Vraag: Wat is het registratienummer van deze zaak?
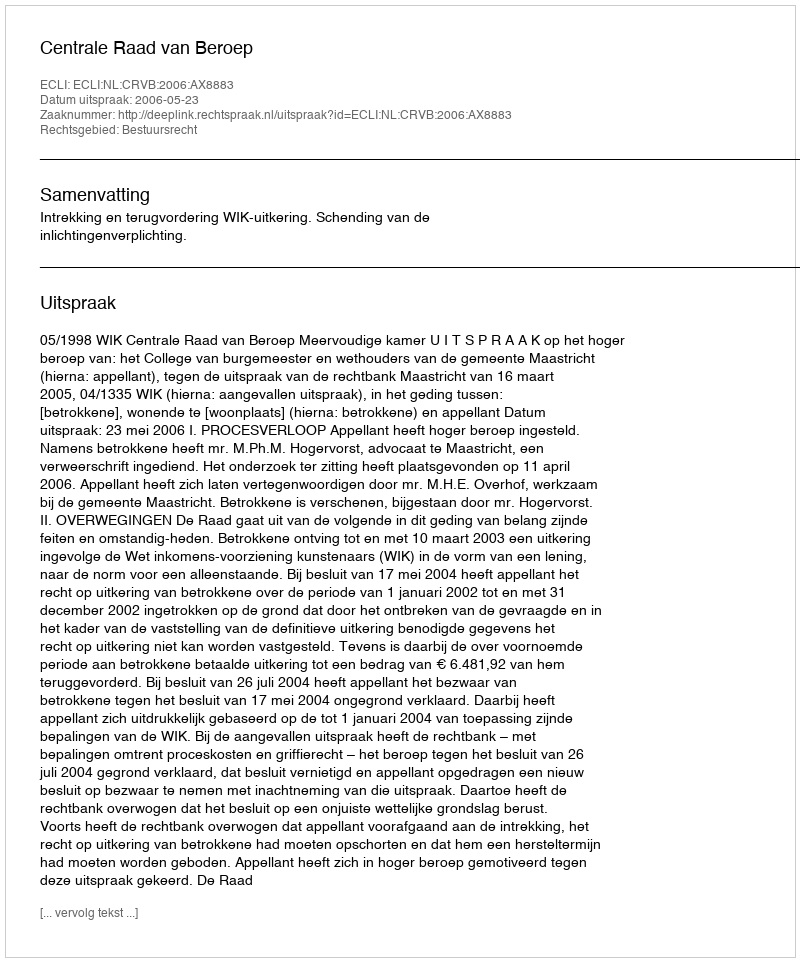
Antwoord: http://deeplink.rechtspraak.nl/uitspraak?id=ECLI:NL:CRVB:2006:AX8883